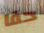
حقا